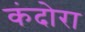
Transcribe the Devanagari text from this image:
कंदोरा